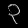
Digit: ၃